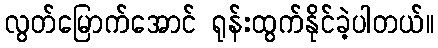
လွတ်မြောက်အောင် ရုန်းထွက်နိုင်ခဲ့ပါတယ်။